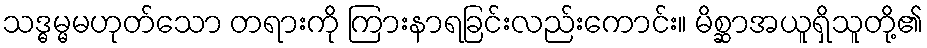
သဒ္ဓမ္မမဟုတ်သော တရားကို ကြားနာရခြင်းလည်းကောင်း။ မိစ္ဆာအယူရှိသူတို့၏